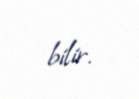
bilir.